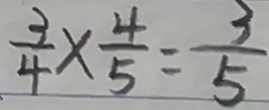
\frac { 3 } { 4 } \times \frac { 4 } { 5 } = \frac { 3 } { 5 }